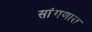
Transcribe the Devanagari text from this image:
सांंगणारा